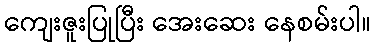
ကျေးဇူးပြုပြီး အေးဆေး နေစမ်းပါ။